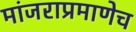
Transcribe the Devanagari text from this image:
मांजराप्रमाणेच